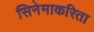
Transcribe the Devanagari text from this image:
सिनेमाकरिता